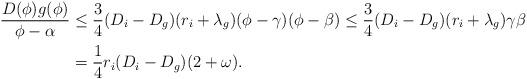
LaTeX: \begin{align*}\frac{D(\phi)g(\phi)}{\phi-\alpha}&\le \frac 34 (D_i-D_g)(r_i+\lambda_g)(\phi-\gamma)(\phi-\beta)\le \frac 34 (D_i-D_g)(r_i+\lambda_g)\gamma\beta\\&=\frac 14 r_i(D_i-D_g)(2+\omega).\end{align*}